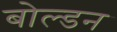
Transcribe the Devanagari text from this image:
बोल्डन